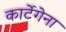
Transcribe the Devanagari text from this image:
कार्टेगेना